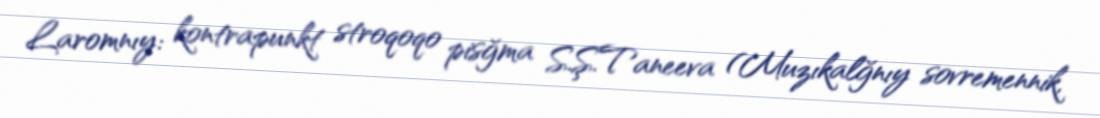
Laromnıy: kontrapunkt stroqoqo pisğma S.Ş.Taneeva (Muzıkalğnıy sovremennik,